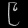
Digit: ၉